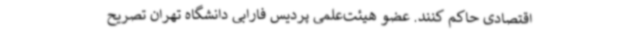
اقتصادی حاکم کنند. عضو هیئت‌علمی پردیس فارابی دانشگاه تهران تصریح